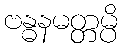
ဗန္ဓနမတ္တမ္ပိ